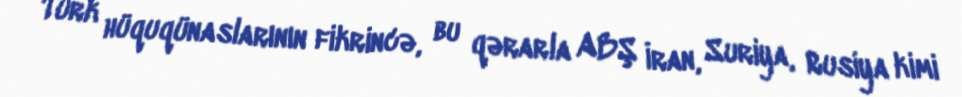
Türk hüquqünaslarının fikrincə, bu qərarla ABŞ İran, Suriya, Rusiya kimi